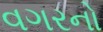
વગરનો